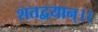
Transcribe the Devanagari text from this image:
शतद्वयान्।।